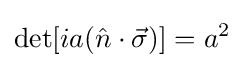
\det[ia({\hat {n}}\cdot {\vec {\sigma }})]=a^{2}